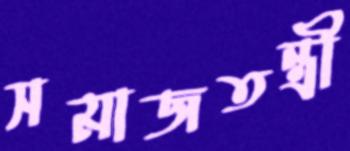
সমাজতন্ত্রী